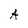
Character: A